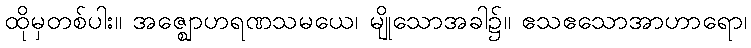
ထိုမှတစ်ပါး။ အဇ္ဈောဟရဏသမယေ၊ မျိုသောအခါ၌။ ဧသဧသောအာဟာရော၊